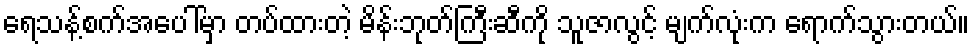
ရေသန့်စက်အပေါ်မှာ တပ်ထားတဲ့ မိန်းဘုတ်ကြီးဆီကို သူဇာလွင့် မျက်လုံးက ရောက်သွားတယ်။